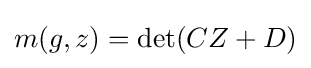
{m(g,z)=\det(CZ+D)}